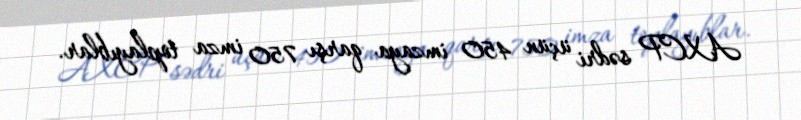
AXCP sədri üçün 450 imzaya qarşı 750 imza toplayıblar.